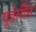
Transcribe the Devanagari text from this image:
यूडेलीन